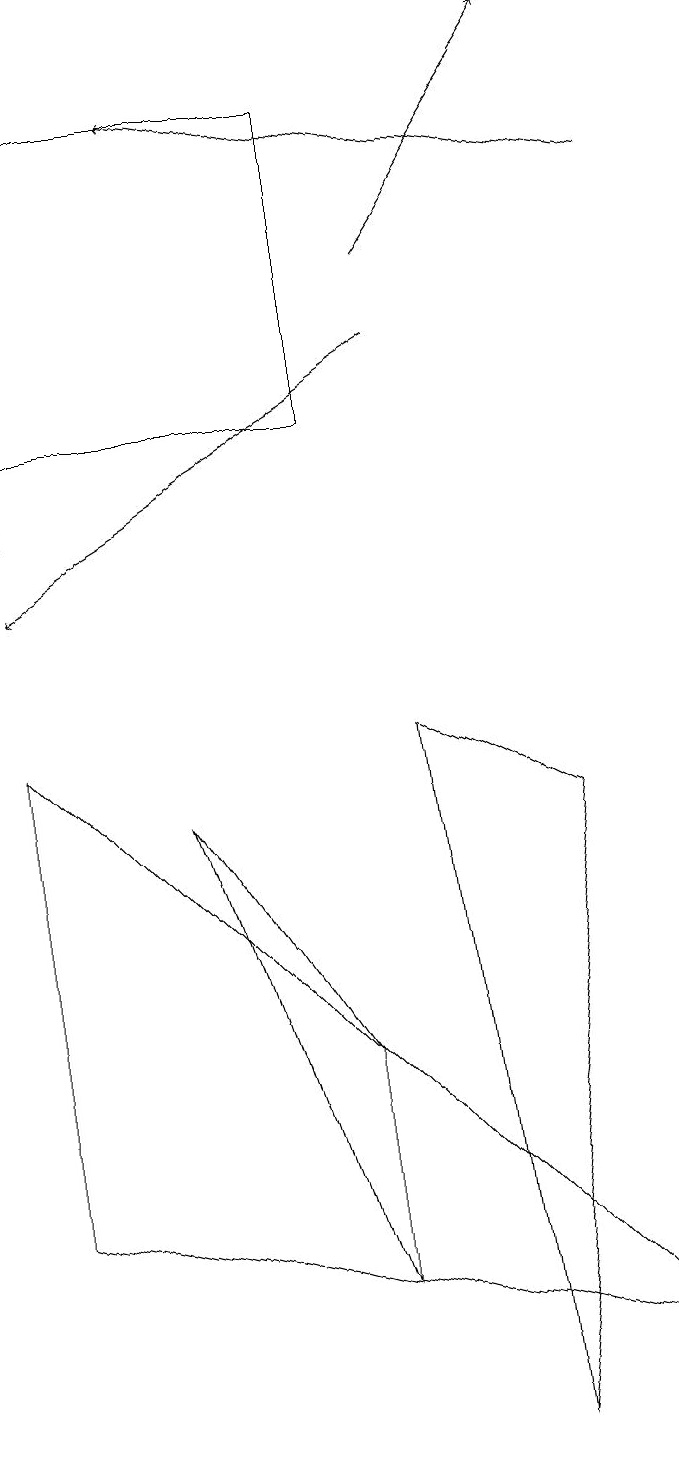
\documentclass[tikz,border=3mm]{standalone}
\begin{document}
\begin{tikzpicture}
\draw[->] (5,15) -- (7,18);
\draw (0,17) rectangle (4,13);
\draw[->] (5,14) -- (0,11);
\draw (0,12) rectangle (0,15);
\draw (4,2) -- (2,8) -- (4,5) -- cycle;
\draw[->] (8,16) -- (2,17);
\draw (5,9) -- (6,0) -- (7,8) -- cycle;
\draw (8,1) -- (0,3) -- (0,9) -- cycle;
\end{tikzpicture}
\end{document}